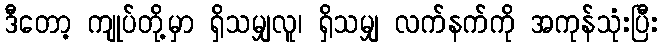
ဒီတော့ ကျုပ်တို့မှာ ရှိသမျှလူ၊ ရှိသမျှ လက်နက်ကို အကုန်သုံးပြီး